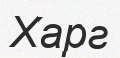
Харг